Report on vaccination in Madras 1895-1903 - 1895-1903
Year: 1895
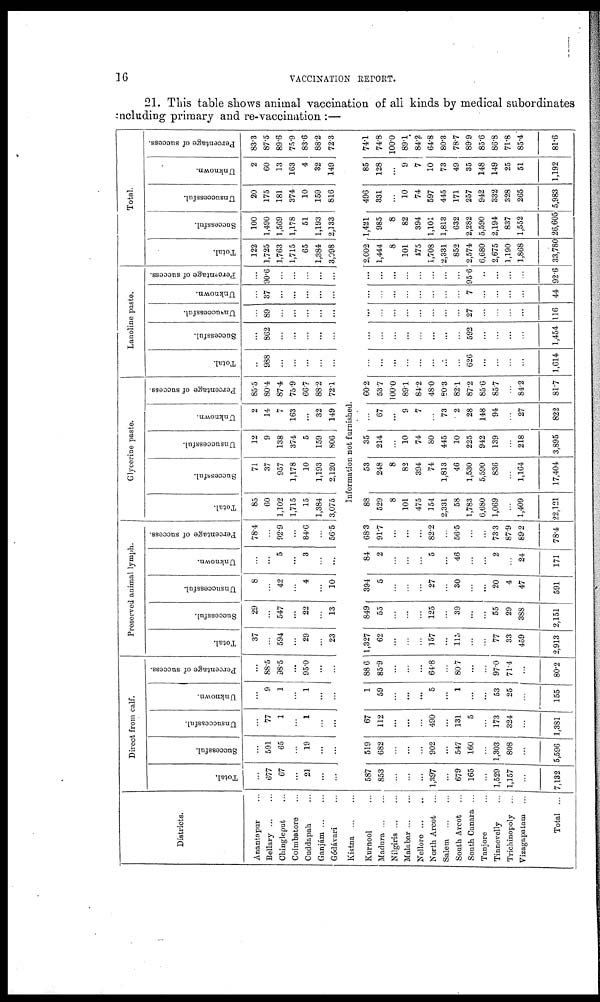
16
VACCINATION REPORT.
21. This table shows animal vaccination of all kinds by medical subordinates
including primary and re-vaccination :—
Districts.
Anantapur...
Bellary ... ...
Chingleput...
Coimbatore...
Cuddapah...
Ganjám ... ...
Gódávari ...
Kistna
...
...
Kurnool ...
Madura ... ...
Nilgiris ... ...
Malabar...
...
Nellore ... ...
North Arcot ...
Salem... ...
South Arcot ...
South Canara...
Tanjore ...
Tinnevelly ...
Trichinopoly ...
Vizagapatam ...
Total ...
Direct from calf.
Total.
...
677
67
...
21
...
...
Successful.
...
591
65
...
19
...
...
Unsuccessful.
...
77
1
...
1
...
...
Unknown.
...
9
1
...
1
...
...
Percentage of success.
...
88.5
98.5
...
95.0
...
...
Preserved animal lymph.
Total.
37
...
594
...
29
...
23
Successful.
29
...
547
...
22
...
13
Unsuccessful.
8
...
42
...
4
...
10
Unknown.
...
...
5
...
3
...
...
Percentage of success.
78.4
...
92.9
...
84.6
...
56.5
Glycerine paste.
Total.
85
60
1,102
1,715
15
1,384
3,075
Successful.
71
37
957
1,178
10
1,193
2,120
Unsuccessful.
12
9
138
374
5
159
806
Unknown.
2
14
7
163
...
32
149
Percentage of success.
85.5
80.4
87.4
75.9
66.7
88.2
72.1
Lanoline paste.
Total.
...
988
...
...
...
...
...
Successful.
...
862
...
...
...
...
...
Unsuccessful.
...
89
...
...
...
...
...
Unknown.
...
37
...
...
...
...
...
Percentage of success.
...
90.6
...
...
...
...
...
Total.
Total.
122
1,725
1,763
1,715
65
1,384
3,098
Successful.
100
1,490
1,569
1,178
51
1,193
2,133
Unsuccessful.
20
175
181
374
10
159
816
Unknown.
2
60
13
163
4
32
149
Percentage of success.
83.3
87.5
89.6
75.9
83.6
88.2
72.3
Information not furnished.
587
853
...
...
...
1,397
...
679
165
...
1,529
1,157
...
7,132
519
682
...
...
...
902
...
547
160
...
1,303
808
...
5,596
67
112
...
...
...
490
...
131
5
...
173
324
...
1,381
1
59
...
...
...
5
...
1
...
...
53
25
...
155
88.6
85.9
...
...
...
64.8
...
80.7
...
...
97.0
71.4
...
80.2
1,327
62
...
...
...
157
...
115
...
...
77
33
459
2,913
849
55
...
...
...
125
...
39
...
...
55
29
388
2,151
394
5
...
...
...
27
...
30
...
...
20
4
47
591
84
2
...
...
...
5
...
46
...
...
2
...
24
171
68.3
91.7
...
...
...
82.2
...
56.5
...
...
73.3
87.9
89.2
78.4
88
529
8
101
475
154
2,331
58
1,783
6,680
1,069
...
1,409
22,121
53
248
8
82
394
74
1,813
46
1,530
5,590
836
...
1,164
17,404
35
214
...
10
74
80
445
10
225
942
139
...
218
3,895
...
67
...
9
7
...
73
2
28
148
94
...
27
822
60.2
53.7
100.0
89.1
84.2
48.0
80.3
82.1
87.2
85.6
85.7
...
84.2
81.7
...
...
...
...
...
...
...
...
626
...
...
...
...
1,614
...
...
...
...
...
...
...
...
592
...
...
...
...
1,454
...
...
...
...
...
...
...
...
27
...
...
...
...
116
...
...
...
...
...
...
...
...
7
...
...
...
...
44
...
...
...
...
...
...
...
...
95.6
..
...
...
...
92.6
2,002
1,444
8
101
475
1,708
2,331
852
2,574
6,680
2,675
1,190
1,868
33,780
1,421
985
8
82
394
1,101
1,813
632
2,282
5,590
2,194
837
1,552
26,605
496
331
...
10
74
597
445
171
257
942
332
328
265
5,983
85
128
...
9
7
10
73
49
35
148
149
25
51
1,192
74.1
74.8
100.0
89.1
84.2
64.8
80.3
78.7
89.9
85.6
86.8
71.8
85.4
81.6